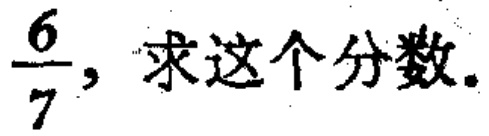
$\frac{6}{7}$，求这个分数。